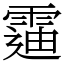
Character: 䨤